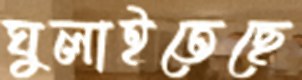
ঘুলাইতেছে